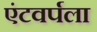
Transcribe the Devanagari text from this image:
एंटवर्पला